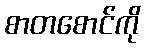
စာတစောင်ကို